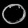
Digit: ၀